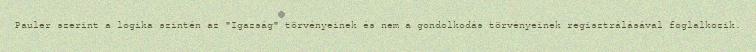
Pauler szerint a logika szintén az "Igazság" törvényeinek és nem a gondolkodás törvényeinek regisztrálásával foglalkozik.